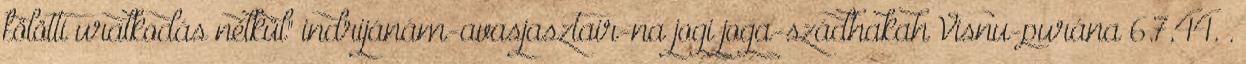
fölötti uralkodás nélkül" indrijánám-avasjasztair-na jogi joga-szádhakah Visnu-purána 6.7,44. .